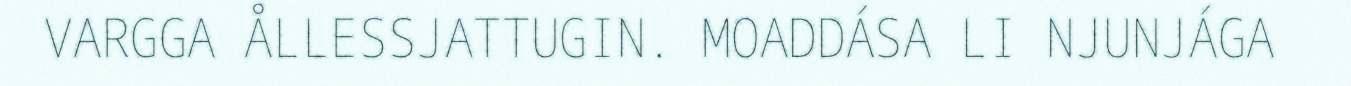
VARGGA ÅLLESSJATTUGIN. MOADDÁSA LI NJUNJÁGA